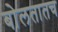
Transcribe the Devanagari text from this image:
बोलतातच